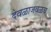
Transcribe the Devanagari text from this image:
देवळाजवळच